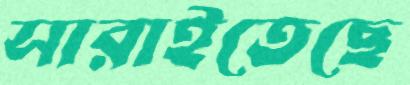
সারাইতেছে